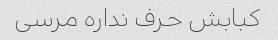
کبابش حرف نداره مرسی